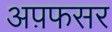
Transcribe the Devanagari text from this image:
अप़फसर